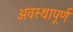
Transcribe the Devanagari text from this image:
अवस्थापूर्ण